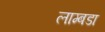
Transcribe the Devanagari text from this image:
लाम्बडा